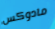
مادوكس